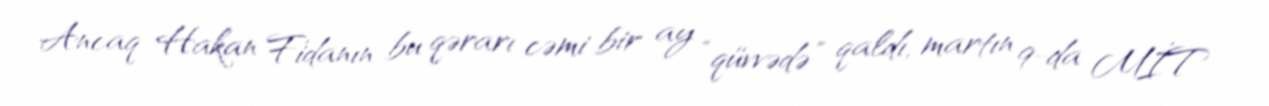
Ancaq Hakan Fidanın bu qərarı cəmi bir ay “qüvvədə” qaldı, martın 9-da MİT